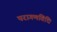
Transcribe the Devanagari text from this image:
परागणविधि